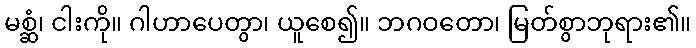
မစ္ဆံ၊ ငါးကို။ ဂါဟာပေတွာ၊ ယူစေ၍။ ဘဂဝတော၊ မြတ်စွာဘုရား၏။